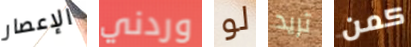
الإعصار وردني لو تريد كمن